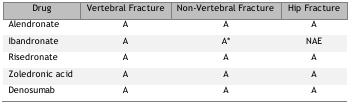
<table><thead><tr><td><b>Drug</b></td><td><b>Vertebral Fracture</b></td><td><b>Non-Vertebral Fracture</b></td><td><b>Hip Fracture</b></td></tr></thead><tbody><tr><td>Alendronate</td><td>A</td><td>A</td><td>A</td></tr><tr><td>Ibandronate</td><td>A</td><td>A*</td><td>NAE</td></tr><tr><td>Risedronate</td><td>A</td><td>A</td><td>A</td></tr><tr><td>Zoledronic acid</td><td>A</td><td>A</td><td>A</td></tr><tr><td>Denosumab</td><td>A</td><td>A</td><td>A</td></tr></tbody></table>